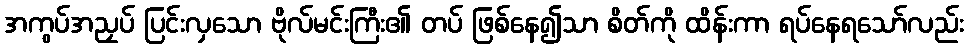
အကွပ်အညှပ် ပြင်းလှသော ဗိုလ်မင်းကြီး၏ တပ် ဖြစ်နေ၍သာ စိတ်ကို ထိန်းကာ ရပ်နေရသော်လည်း